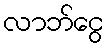
လာဘ်ငွေ